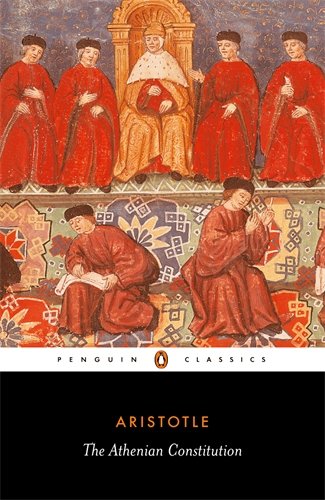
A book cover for The Athenian Constitution (Penguin Classics); Aristotle; Law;